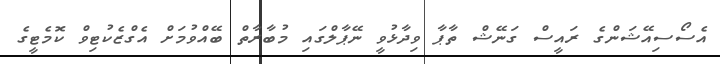
އެސޯސިއޭޝަންގެ ރައީސް ގަނޭޝް ތާޕާ ވިދާޅުވީ ނޭޕާލްގައި މުބާރާތް ބޭއްވުމަށް އެގްޒެކުޓިވް ކޮމެޓީގެ